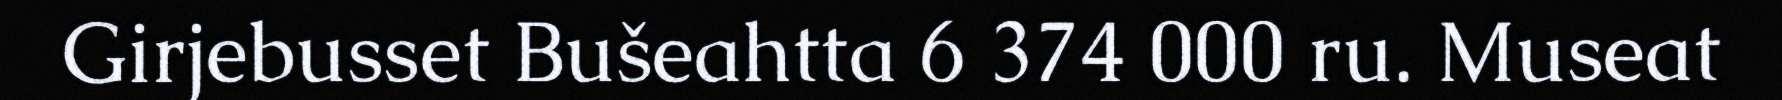
Girjebusset Bušeahtta 6 374 000 ru. Museat